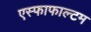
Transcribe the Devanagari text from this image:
एस्फाफाल्टम